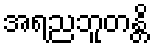
အရညဘူတန္တိ